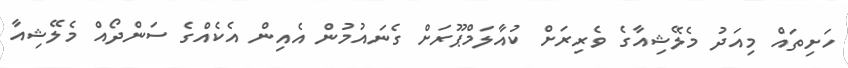
ހަށިތައް މިއަދު މެލޭޝިއާގެ ވެރިރަށް ކުއާލަމްޕޫރަށް ގެނައުމުން އެއިން އެކެއްގެ ސަންދޯއް މެލޭޝިއާ